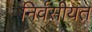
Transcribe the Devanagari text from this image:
निर्वसीयत